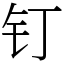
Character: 钉